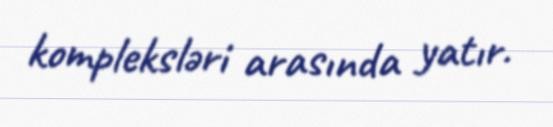
kompleksləri arasında yatır.